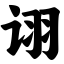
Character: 诩